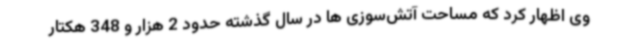
وی اظهار کرد که مساحت آتش‌سوزی ها در سال گذشته حدود 2 هزار و 348 هکتار